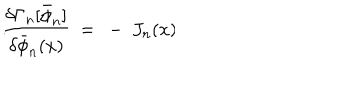
{ \frac { \delta \Gamma _ { n } [ \bar { \phi } _ { n } ] } { \delta \bar { \phi } _ { n } ( x ) } } \ = \ - \ J _ { n } ( x ) \hspace { 1 . 5 c m } . \hspace { 0 . 5 c m } \,